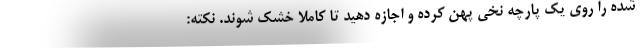
شده را روی یک پارچه نخی پهن کرده و اجازه دهید تا کاملا خشک شوند. نکته: